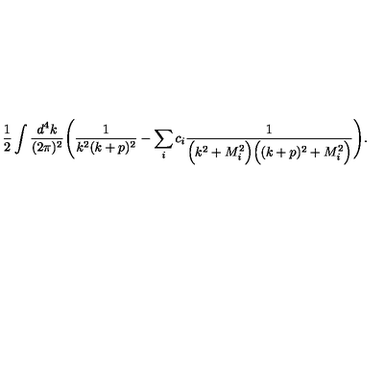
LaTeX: \frac { 1 } { 2 } \int \frac { d ^ { 4 } k } { ( 2 \pi ) ^ { 2 } } \Bigg ( \frac { 1 } { k ^ { 2 } ( k + p ) ^ { 2 } } - \sum _ { i } c _ { i } \frac { 1 } { \Big ( k ^ { 2 } + M _ { i } ^ { 2 } \Big ) \Big ( ( k + p ) ^ { 2 } + M _ { i } ^ { 2 } \Big ) } \Bigg ) .